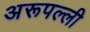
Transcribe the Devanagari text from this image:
अरूपल्ली